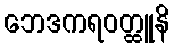
ဘေဒကရဝတ္ထူနိ